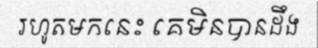
រហូតមកនេះ គេមិនបានដឹង